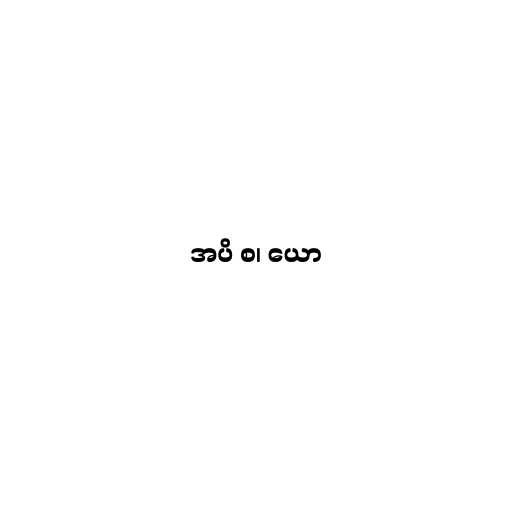
အပိ စ၊ ယော